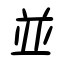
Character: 並